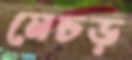
মেচড়